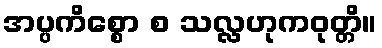
အပ္ပကိစ္စော စ သလ္လဟုကဝုတ္တိ။